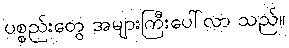
ပစ္စည်းတွေ အများကြီးပေါ်လာ သည်။